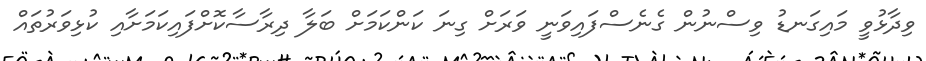
ވިދާޅުވީ މައިގަނޑު ވިސްނުން ގެނެސްފައިވަނީ ވަރަށް ގިނަ ކަންކަމަށް ބަލާ ދިރާސާކޮށްފައިކަމަށާއި ކުޅިވަރުތައް